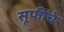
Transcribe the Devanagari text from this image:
सूफींचे